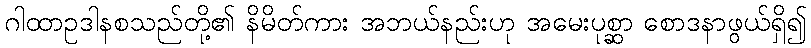
ဂါထာဥဒါနစသည်တို့၏ နိမိတ်ကား အဘယ်နည်းဟု အမေးပုစ္ဆာ စောဒနာဖွယ်ရှိ၍